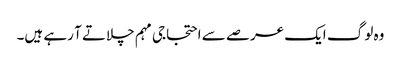
وہ لوگ ایک عرصے سے احتجاجی مہم چلاتے آ رہے ہیں۔